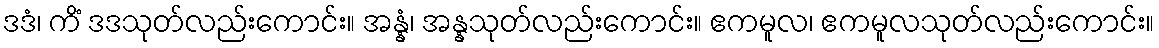
ဒဒံ၊ ကိံ ဒဒသုတ်လည်းကောင်း။ အန္နံ၊ အန္နသုတ်လည်းကောင်း။ ဧကမူလ၊ ဧကမူလသုတ်လည်းကောင်း။